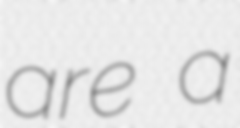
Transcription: are a